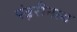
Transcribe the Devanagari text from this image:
पंढ़रीनाथ